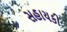
સહાયકી